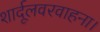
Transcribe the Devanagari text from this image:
शार्दूलवरवाहना।